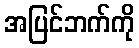
အပြင်ဘက်ကို